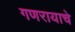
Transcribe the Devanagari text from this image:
गणरायाचे